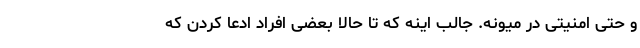
و حتی امنیتی در میونه. جالب اینه که تا حالا بعضی افراد ادعا کردن که